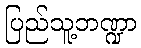
ပြည်သူ့ဘဏ္ဍာ